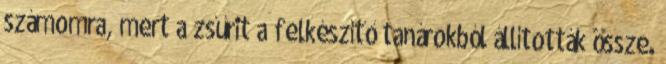
számomra, mert a zsűrit a felkészítő tanárokból állították össze.